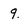
Character: 9